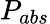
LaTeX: P_{abs}